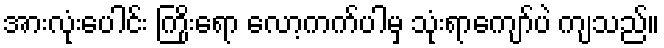
အားလုံးပေါင်း ကြိုးရော လော့ကက်ပါမှ သုံးရာကျော်ပဲ ကျသည်။